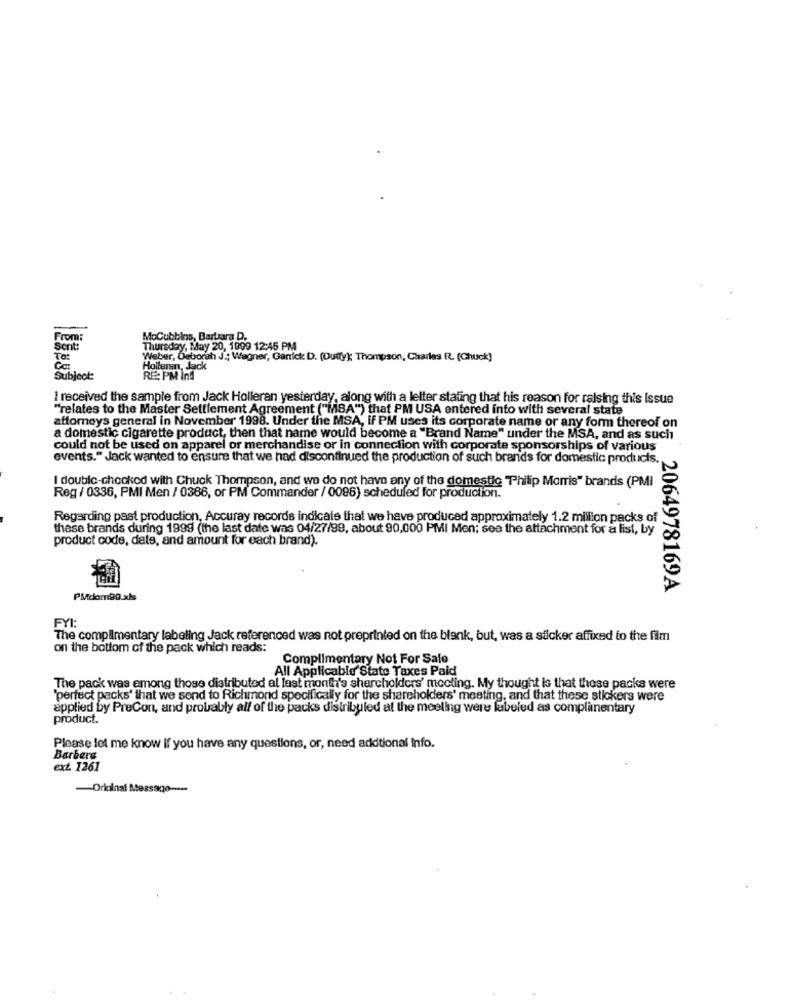
From:
MoCubbins, Barbara D.
Scrit:
Thursday, May 20, 1999 12:45 PM
To:
Weber, Deborah J. Wegner, Garrick D. (Duty): Thompson, Charles R. (Chuck)
Hoitern, Jack
Subject:
RE: PM Ind
I received the sample from Jack Holleran yesterday, along with a letter stating that his reason for raising this Issue
"relates to the Master Settlement Agreement ("MSA") that PM USA entered into with several state
attorneys general in November 1998. Under the MSA, If PM uses its corporate name or any form thereof on
a domestic cigarette product, then that name would become a "Brand Name" under the MSA, and as such
could not be used on apparel or merchandise or in connection with corporate sponsorships of various
events." Jack wanted to ensure that we had discontinued the production of such brands for domestic products.
I double-checked with Chuck Thompson, and we do not have any of the domestic Philip Morris" brands (PMI
Reg / 0336, PMI Men / 0386, or PM Commander / 0096) scheduled for production.
Regarding past production, Accuray records indicate that we have produced approximately 1.2 million packs of
these brands during 1999 (the last date was 04/27/99, about 90,000 PMI Men; see the attachment for a list, by
product code, date, and amount for each brand).
2064978169A
PMdom99.xls
FYI:
The complimentary labeling Jack referenced was not preprinted on the blank, but, was a sticker affixed to the film
on the bottom of the pack which reads:
Complimentary Not For Sale
All Applicable Stato Taxes Paid
The pack was among those distributed al last month's shercholders' mocting. My thought is that these packs were
'perfect packs' that we send to Richmond specifically for the shareholders' meeting, and that these stickers were
applied by PreCon, and probably all of the packs distributed at the meeling were labeled as complimentary
product.
Please let me know if you have any questions, or, need additional Info.
Barbera
ext. 1261
-Original Mes